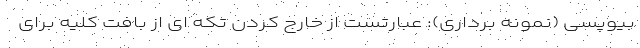
بیوپسی (نمونه برداری): عبارتست از خارج کردن تکه ای از بافت کلیه برای